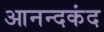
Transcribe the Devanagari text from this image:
आनन्‍दकंद